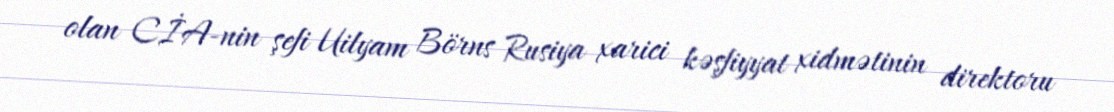
olan CİA-nin şefi Uilyam Börns Rusiya xarici kəşfiyyat xidmətinin direktoru